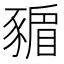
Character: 𧱸